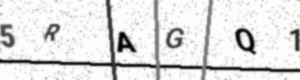
Text: 5RAGQ1